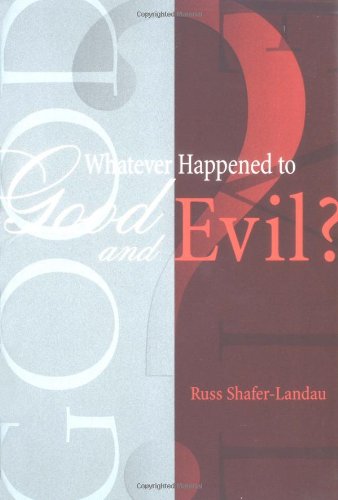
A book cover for Whatever Happened to Good and Evil?; Russ Shafer-Landau; Politics & Social Sciences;